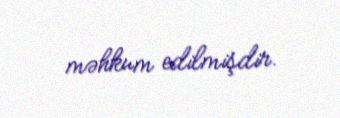
məhkum edilmişdir.